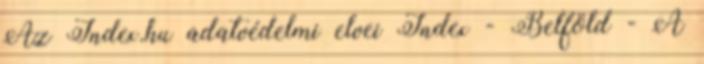
Az Index.hu adatvédelmi elvei Index - Belföld - A